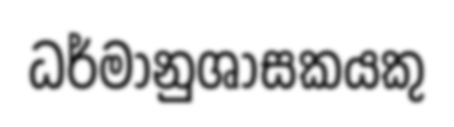
ධර්මානුශාසකයකු